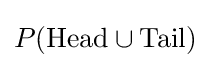
P({\text{Head}}\cup {\text{Tail}})